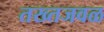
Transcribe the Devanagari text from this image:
तख्तजवळ